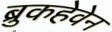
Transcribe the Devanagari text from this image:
ब्रुकहेवेन